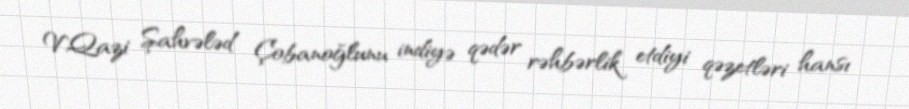
V.Qazi Şahvələd Çobanoğlunu indiyə qədər rəhbərlik etdiyi qəzetləri hansı